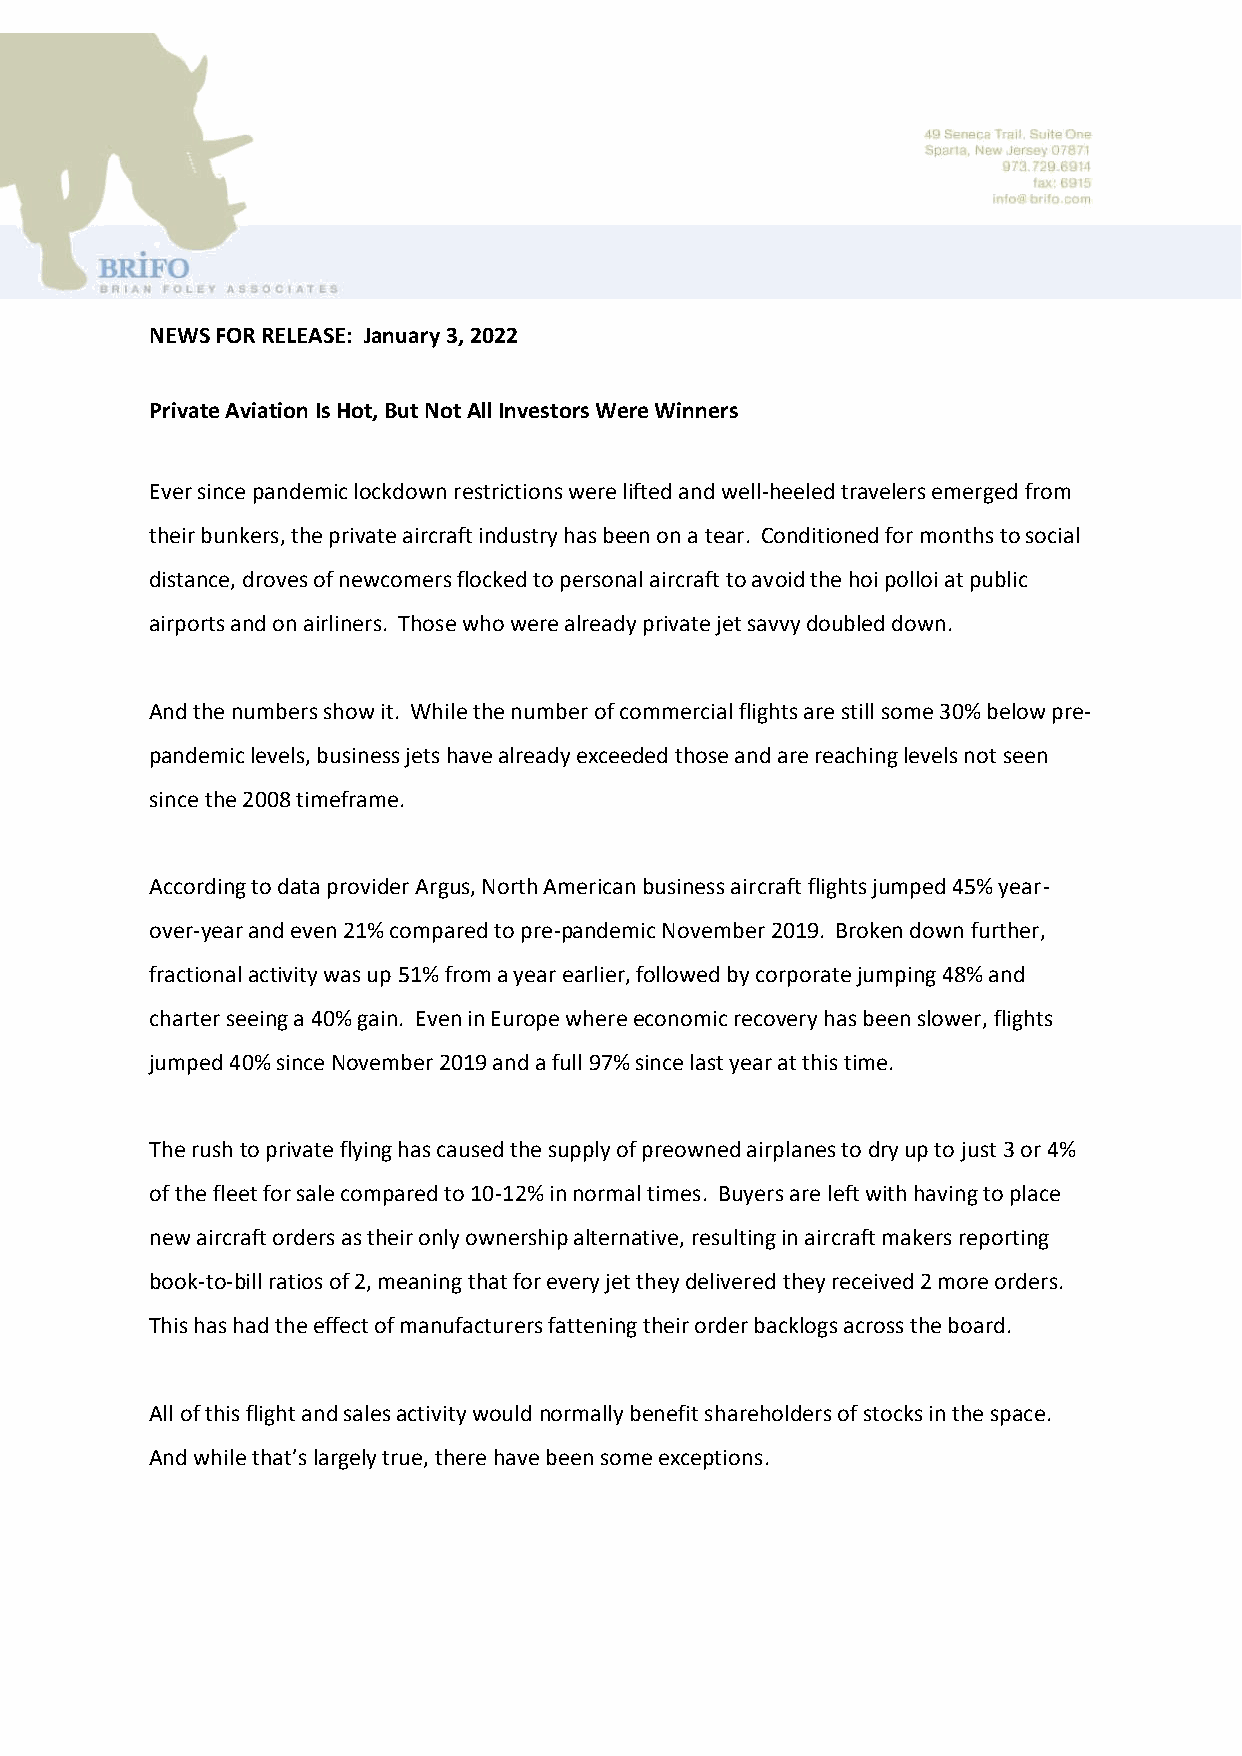
NEWS FOR RELEASE: January 3, 2022
 Private Aviation Is Hot, But Not All Investors Were Winners
 Ever since pandemic lockdown restrictions were lifted and well-heeled travelers emerged from
 their bunkers, the private aircraft industry has been on a tear. Conditioned for months to social
 distance, droves of newcomers flocked to personal aircraft to avoid the hoi polloi at public
 airports and on airliners. Those who were already private jet savvy doubled down.
 And the numbers show it. While the number of commercial flights are still some 30% below pre-
 pandemic levels, business jets have already exceeded those and are reaching levels not seen
 since the 2008 timeframe.
 According to data provider Argus, North American business aircraft flights jumped 45% year-
 over-year and even 21% compared to pre-pandemic November 2019. Broken down further,
 fractional activity was up 51% from a year earlier, followed by corporate jumping 48% and
 charter seeing a 40% gain. Even in Europe where economic recovery has been slower, flights
 jumped 40% since November 2019 and a full 97% since last year at this time.
 The rush to private flying has caused the supply of preowned airplanes to dry up to just 3 or 4%
 of the fleet for sale compared to 10-12% in normal times. Buyers are left with having to place
 new aircraft orders as their only ownership alternative, resulting in aircraft makers reporting
 book-to-bill ratios of 2, meaning that for every jet they delivered they received 2 more orders.
 This has had the effect of manufacturers fattening their order backlogs across the board.
 All of this flight and sales activity would normally benefit shareholders of stocks in the space.
 And while that’s largely true, there have been some exceptions.